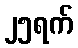
၂၅ရက်